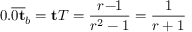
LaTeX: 0 . { \overline { { 0 \mathbf { t } } } } _ { b } = \mathbf { t } T = { \frac { r \! - \! \! 1 } { r ^ { 2 } - 1 } } = { \frac { 1 } { r + 1 } }